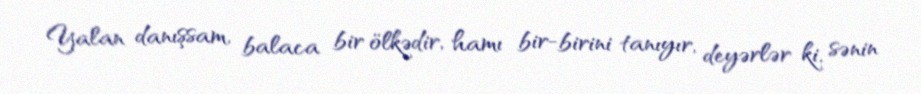
Yalan danışsam, balaca bir ölkədir, hamı bir-birini tanıyır, deyərlər ki, sənin